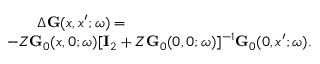
\begin{array} { r } { \Delta \ensuremath { \mathbf { G } } ( x , x ^ { \prime } ; \omega ) = \phantom { x x x x x x x x x x x x x x x x x x x x x x x x x x x x x } } \\ { - Z \ensuremath { \mathbf { G } } _ { 0 } ( x , 0 ; \omega ) [ \ensuremath { \mathbf { I } } _ { 2 } + Z \ensuremath { \mathbf { G } } _ { 0 } ( 0 , 0 ; \omega ) ] ^ { - 1 } \ensuremath { \mathbf { G } } _ { 0 } ( 0 , x ^ { \prime } ; \omega ) . } \end{array}